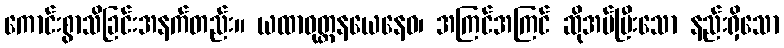
ကောင်းစွာသိခြင်းအနက်တည်း။ ယထာဝုတ္တနယေနေဝ၊ အကြင်အကြင် ဆိုအပ်ပြီးသော နည်းရှိသော